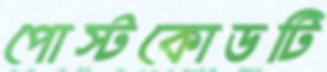
পোস্টকোডটি